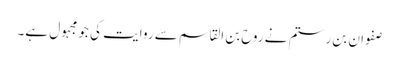
صفوان بن رستم نے روح بن القاسم سے روایت کی جو مجہول ہے۔